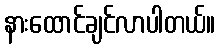
နားထောင်ချင်လာပါတယ်။